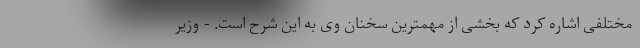
مختلفی اشاره کرد که بخشی از مهمترین سخنان وی به این شرح است. - وزیر